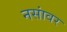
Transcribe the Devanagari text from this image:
नसांवर